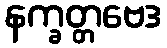
နက္ခတ္တဗေဒ